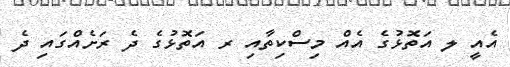
އެއީ ލ އަތޮޅުގެ އެއް މިސްކިތާއި ރ އަތޮޅުގެ ދެ ރަށެއްގައި ދެ